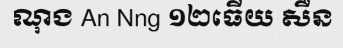
ណុង An Nng ១២ធើយ សឺន